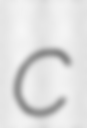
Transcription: c